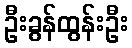
ဦးခွန်ထွန်းဦး